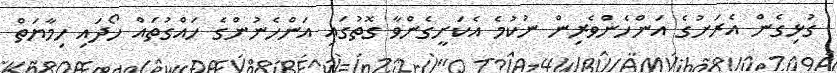
ގުޅިގެން އެރަށުގެ އަންހެންވެރިން ނުކުމެ އެކަށީގެންވާ ގޮތުގައި އަންހެނުންގެ ހައްގުތައް ހޯދައި ހިމާޔަތް